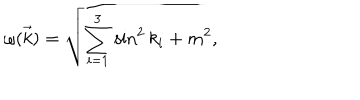
\omega ( \vec { k } ) = \sqrt { \sum _ { i = 1 } ^ { 3 } \sin ^ { 2 } k _ { i } + m ^ { 2 } } ,